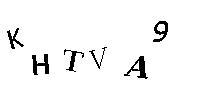
KHTVA9